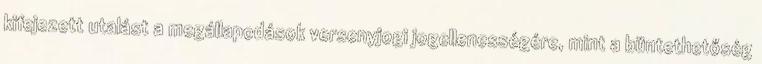
kifejezett utalást a megállapodások versenyjogi jogellenességére, mint a büntethetőség